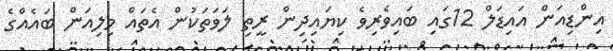
އިންޑިއަން އައިޑަލް 12ގައި ބައިވެރިވެ ކިޔައިދިން ރީތި ލަވަތަކުން އެތައް މިލިއަން ބައެއްގެ